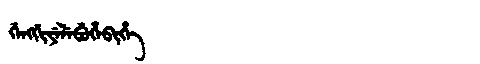
Manchu: ᡤᡝᠩᡤᡳᠶᡝᠯᡝᠪᡠᡥᡝᠪᡳᡥᡝ
Romanization: GENGGIYELEBUHEBIHE